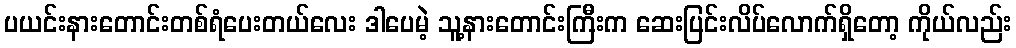
ပယင်းနားတောင်းတစ်ရံပေးတယ်လေး ဒါပေမဲ့ သူ့နားတောင်းကြီးက ဆေးပြင်းလိပ်လောက်ရှိတော့ ကိုယ်လည်း